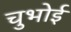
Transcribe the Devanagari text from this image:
चुभोई